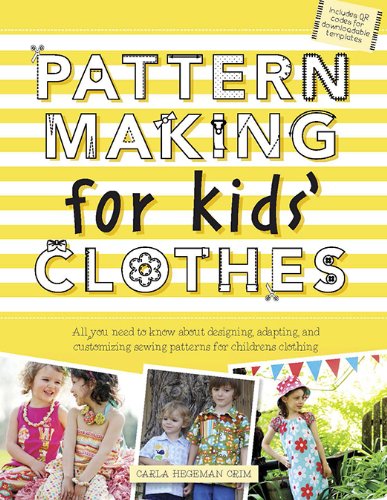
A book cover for Pattern Making for Kids' Clothes: All You Need to Know About Designing, Adapting, and Customizing Sewing Patterns for Children's Clothing; Carla Hegeman Crim; Crafts, Hobbies & Home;